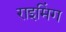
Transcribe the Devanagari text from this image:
राइमिंग